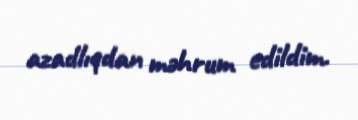
azadlıqdan məhrum edildim.